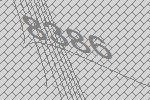
8386